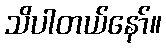
သိပါတယ်နော်။